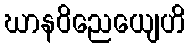
ဃာနဝိညေယျေဟိ